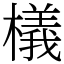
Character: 檥